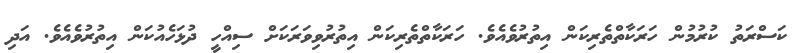
ކަސްރަތު ކުރުމުން ހަރަކާތްތެރިކަން އިތުރުވެއެވެ. ހަރަކާތްތެރިކަން އިތުރުވިވަރަކަށް ސިއްހީ ދުޅަހެއުކަން އިތުރުވެއެވެ. އަދި